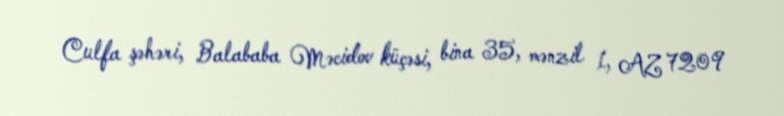
Culfa şəhəri, Balababa Məcidov küçəsi, bina 35, mənzil 1, AZ 7209